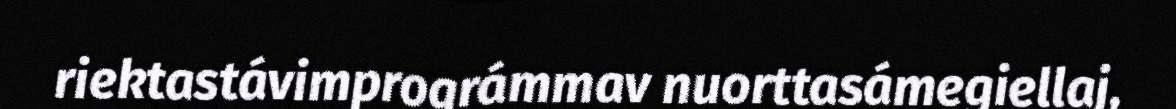
riektastávimprográmmav nuorttasámegiellaj,